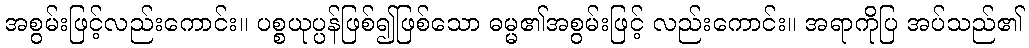
အစွမ်းဖြင့်လည်းကောင်း။ ပစ္စယုပ္ပန်ဖြစ်၍ဖြစ်သော ဓမ္မ၏အစွမ်းဖြင့် လည်းကောင်း။ အရာကိုပြ အပ်သည်၏